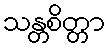
သန္တစိတ္တာ